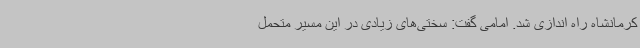
کرمانشاه راه اندازی شد. امامی گفت: سختی‌های زیادی در این مسیر متحمل